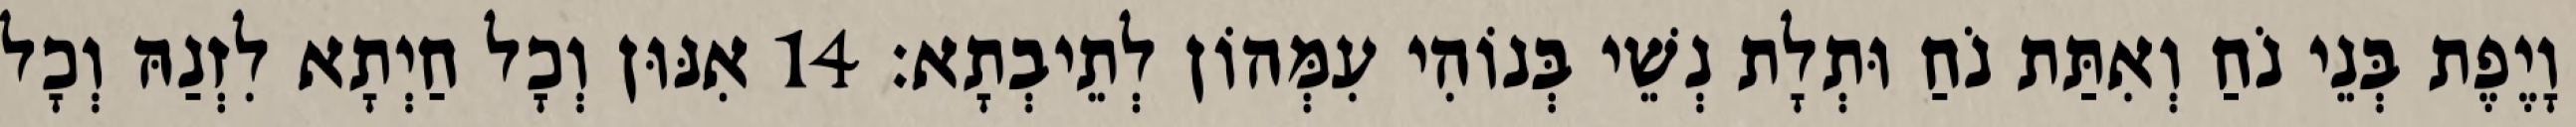
וָיֶפֶת בְּנֵי נֹחַ וְאִתַּת נֹחַ וּתְלָת נְשֵׁי בְּנוֹהִי עִמְּהוֹן לְתֵיבְתָא׃ 14 אִנּוּן וְכָל חַיְתָא לִזְנַהּ וְכָל